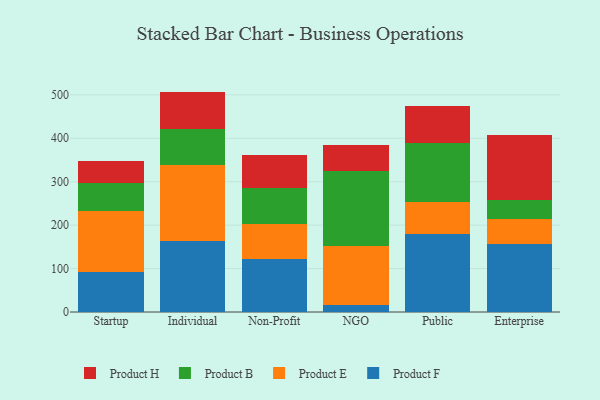
{"axis": {"x": "Segment", "y": "Website Visitors"}, "legend": ["Product B", "Product E", "Product F", "Product H"], "data": [{"x": "Startup", "y": 92.4, "type": "Product F"}, {"x": "Startup", "y": 139.2, "type": "Product E"}, {"x": "Startup", "y": 66.1, "type": "Product B"}, {"x": "Startup", "y": 49.8, "type": "Product H"}, {"x": "Individual", "y": 164.4, "type": "Product F"}, {"x": "Individual", "y": 173.1, "type": "Product E"}, {"x": "Individual", "y": 84.7, "type": "Product B"}, {"x": "Individual", "y": 85.1, "type": "Product H"}, {"x": "Non-Profit", "y": 121.7, "type": "Product F"}, {"x": "Non-Profit", "y": 82.0, "type": "Product E"}, {"x": "Non-Profit", "y": 80.8, "type": "Product B"}, {"x": "Non-Profit", "y": 76.0, "type": "Product H"}, {"x": "NGO", "y": 17.1, "type": "Product F"}, {"x": "NGO", "y": 134.6, "type": "Product E"}, {"x": "NGO", "y": 173.9, "type": "Product B"}, {"x": "NGO", "y": 57.9, "type": "Product H"}, {"x": "Public", "y": 179.3, "type": "Product F"}, {"x": "Public", "y": 73.7, "type": "Product E"}, {"x": "Public", "y": 136.6, "type": "Product B"}, {"x": "Public", "y": 85.2, "type": "Product H"}, {"x": "Enterprise", "y": 156.7, "type": "Product F"}, {"x": "Enterprise", "y": 56.6, "type": "Product E"}, {"x": "Enterprise", "y": 44.3, "type": "Product B"}, {"x": "Enterprise", "y": 149.4, "type": "Product H"}]}